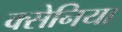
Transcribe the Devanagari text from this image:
क्सेनिया